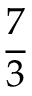
\frac { 7 } { 3 }